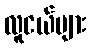
လူငယ်များ